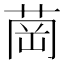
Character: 𦱌